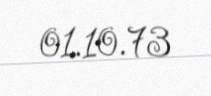
01.10.73